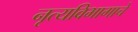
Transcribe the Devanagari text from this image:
नृत्यविभागाचे